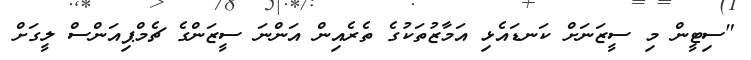
"ސިޓީން މި ސީޒަނަށް ކަނޑައެޅި އަމާޒުތަކުގެ ތެރެއިން އަންނަ ސީޒަންގެ ޗެމްޕިއަންސް ލީގަށް